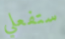
ستفعلي